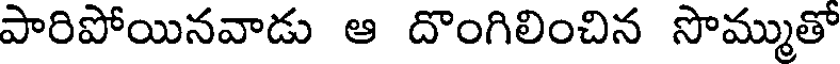
పారిపోయినవాడు ఆ దొంగిలించిన సొమ్ముతో